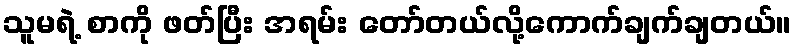
သူမရဲ့ စာကို ဖတ်ပြီး အရမ်း တော်တယ်လို့ကောက်ချက်ချတယ်။